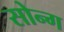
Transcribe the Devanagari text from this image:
सोन्ग